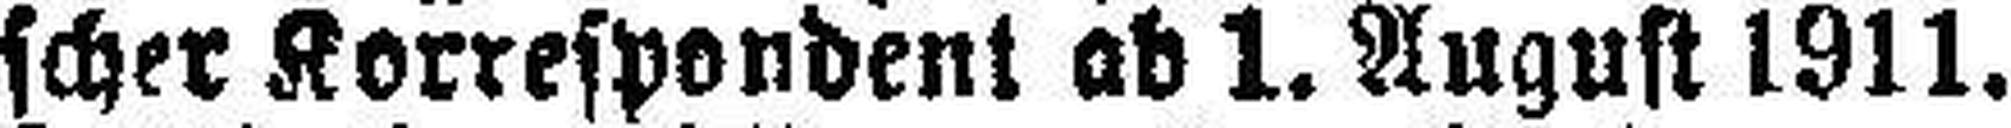
scher Korrespondent ab 1. August 1911.